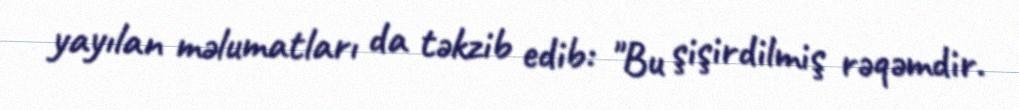
yayılan məlumatları da təkzib edib: "Bu şişirdilmiş rəqəmdir.